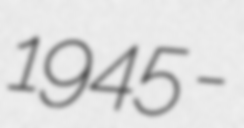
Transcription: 1945 -